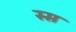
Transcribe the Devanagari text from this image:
स्स